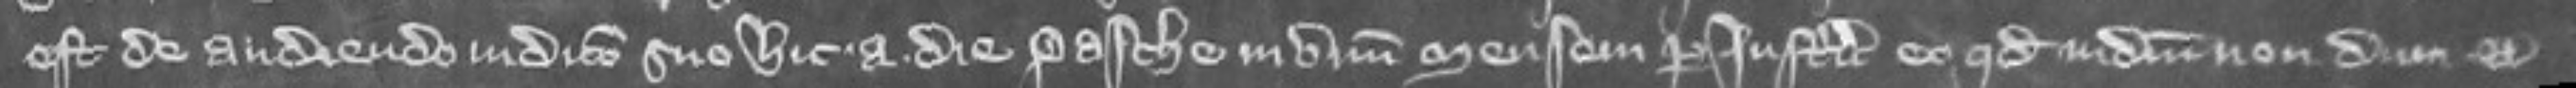
est de audiendo judicio suo hic a die Pasche in unum mensem per justiciarios eo quod judicium nondum etc